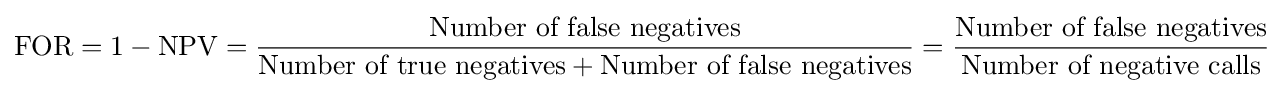
{\text{FOR}}=1-{\text{NPV}}={\frac {\text{Number of false negatives}}{{\text{Number of true negatives}}+{\text{Number of false negatives}}}}={\frac {\text{Number of false negatives}}{\text{Number of negative calls}}}